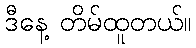
ဒီနေ့ တိမ်ထူတယ်။